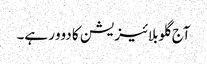
آج گلوبلائیزیشن کا دوور ہے۔